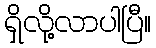
ရှိလို့လာပါပြီ။